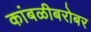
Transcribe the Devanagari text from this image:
कांबळीबरोबर